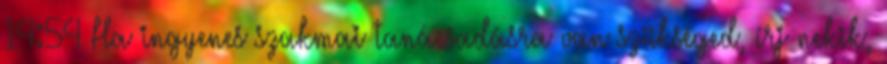
14:54 Ha ingyenes szakmai tanácsadásra van szükséged, írj nekik,